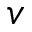
v